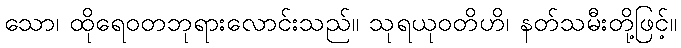
သော၊ ထိုရေဝတဘုရားလောင်းသည်။ သုရယုဝတိဟိ၊ နတ်သမီးတို့ဖြင့်။